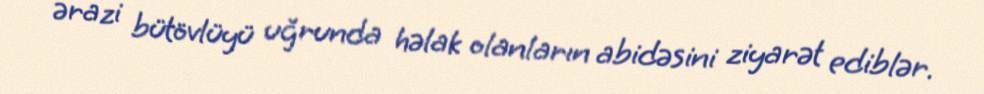
ərazi bütövlüyü uğrunda həlak olanların abidəsini ziyarət ediblər.